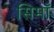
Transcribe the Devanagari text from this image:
सिमाँ